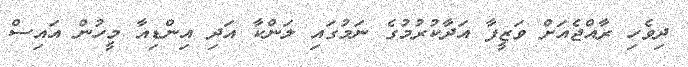
ދިވެހި ރާއްޖެއަށް ވަޒީފާ އަދާކުރުމުގެ ނަމުގައި ލަންކާ އަދި އިންޑިއާ މީހުން އައިސް